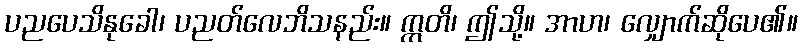
ပညပေသိနုခေါ၊ ပညတ်လေဘိသနည်း။ ဣတိ၊ ဤသို့။ အာဟ၊ လျှောက်ဆိုပေ၏။